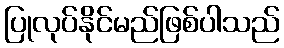
ပြုလုပ်နိုင်မည်ဖြစ်ပါသည်